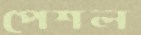
পেশল